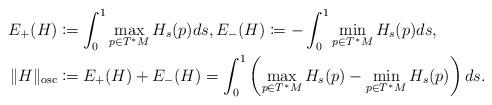
LaTeX: \begin{align*}\begin{aligned}E_+(H)& \coloneqq \int_0^1 \max_{p \in T^*M} H_s(p) ds, E_-(H)\coloneqq -\int_0^1 \min_{p \in T^*M} H_s(p) ds, \\\| H \|_{\mathrm{osc}}& \coloneqq E_+(H)+E_-(H)=\int_0^1 \left(\max_{p \in T^*M} H_s(p) - \min_{p \in T^*M} H_s(p) \right) ds.\end{aligned}\end{align*}